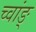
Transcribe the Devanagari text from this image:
च्वांङ्